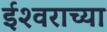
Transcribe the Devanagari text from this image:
ईश्‍वराच्या